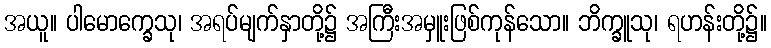
အယူ။ ပါမောက္ခေသု၊ အရပ်မျက်နှာတို့၌ အကြီးအမှူးဖြစ်ကုန်သော။ ဘိက္ခူသု၊ ရဟန်းတို့၌။